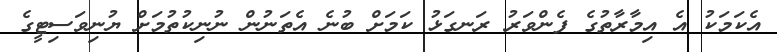
އެކަމަކު އެ އިމާރާތުގެ ފެންވަރު ރަނގަޅު ކަމަށް ބުނެ އެތަނުން ނުނިކުތުމަށް ޔުނިވަސިޓީގެ